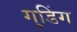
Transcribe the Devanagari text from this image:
गुडिंग